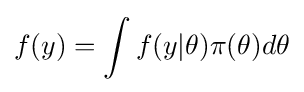
f(y)=\int f(y|\theta )\pi (\theta )d\theta